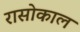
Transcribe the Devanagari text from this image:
रासोकाल